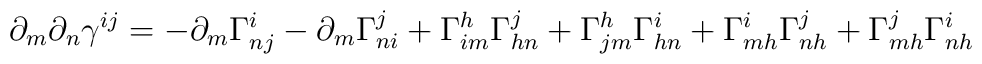
\partial_m\partial_n\gamma^{ij}=-\partial_m\Gamma_{nj}^i-\partial_m\Gamma_{ni}^j+\Gamma_{im}^h\Gamma_{hn}^j+\Gamma_{jm}^h\Gamma_{hn}^i+\Gamma_{mh}^i\Gamma_{nh}^j+\Gamma_{mh}^j\Gamma_{nh}^i